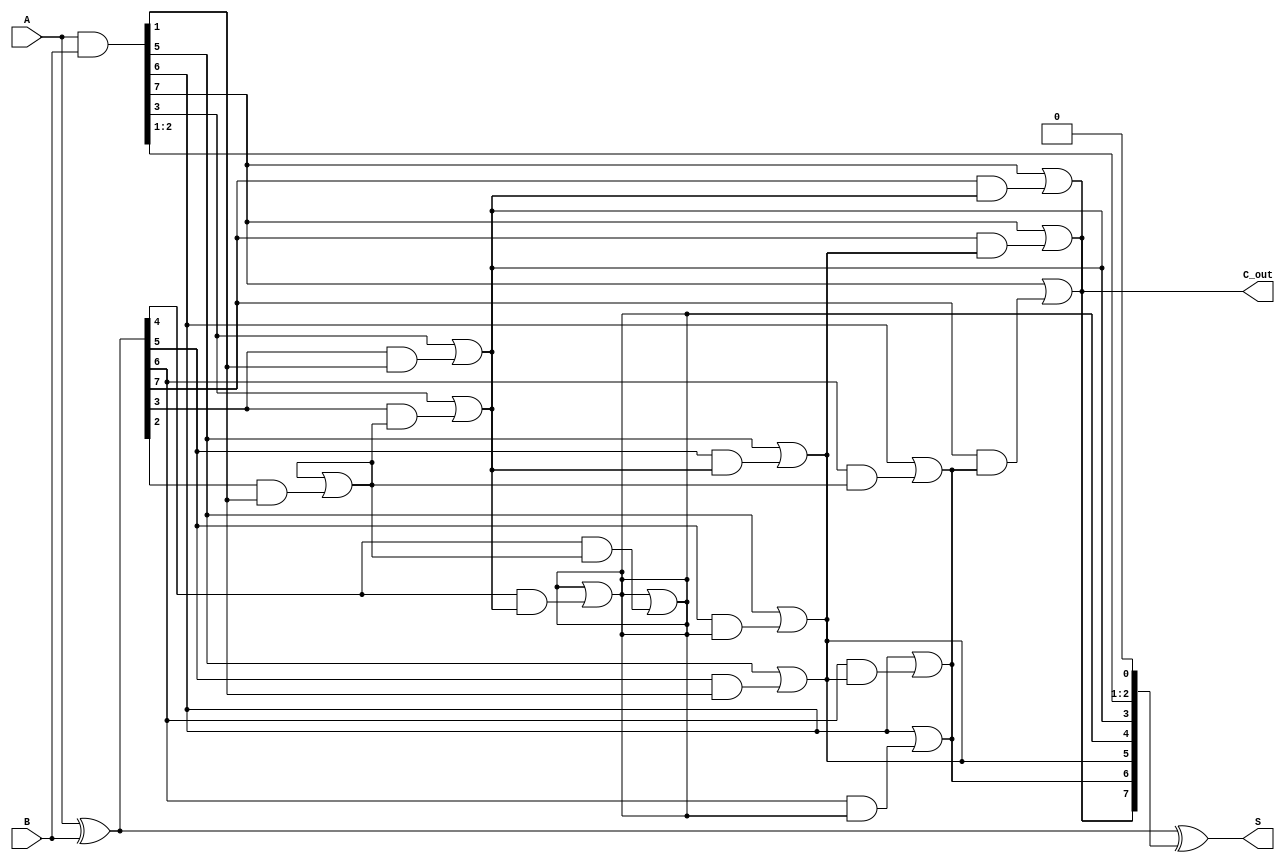
module KoggeStoneAdder #(parameter N = 8) (
    input  [N-1:0] A,      // First input
    input  [N-1:0] B,      // Second input
    output [N-1:0] S,      // Sum output
    output        C_out     // Carry out
);

    // Generate and Propagate signals
    wire [N-1:0] G; // Generate signals
    wire [N-1:0] P; // Propagate signals
    wire [N-1:0] C; // Carry signals

    // Compute Generate and Propagate signals
    assign G = A & B;        // G[i] = A[i] & B[i]
    assign P = A ^ B;        // P[i] = A[i] ^ B[i]

    // Stage 0: Initial carry signals
    assign C[0] = 1'b0; // Initial carry-in is 0

    // Compute carry signals using the Kogge-Stone prefix structure
    genvar i, j, k;
    generate
        for (k = 0; k < $clog2(N); k = k + 1) begin : stage
            for (j = 0; j < N; j = j + 1) begin : carry
                if (j >= (1 << k)) begin
                    assign C[j] = G[j] | (P[j] & C[j - (1 << k)]);
                end else begin
                    assign C[j] = C[j]; // Carry remains the same for this stage
                end
            end
        end
    endgenerate

    // Final carry-out
    assign C_out = C[N-1];

    // Compute sum bits
    assign S = P ^ C[N-1:0]; // S[i] = P[i] ^ C[i-1]

endmodule